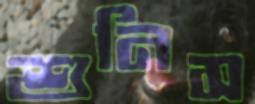
শুনিস